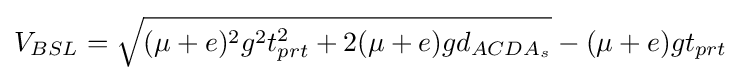
V_{BSL}={\sqrt {(\mu +e)^{2}g^{2}t_{prt}^{2}+2(\mu +e)gd_{ACDA_{s}}}}-(\mu +e)gt_{prt}